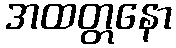
အထတ္တနော